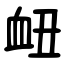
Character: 衄